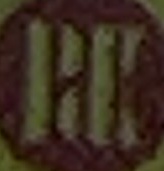
RK